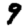
Digit: 9